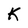
Character: k